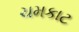
ચમકાટ